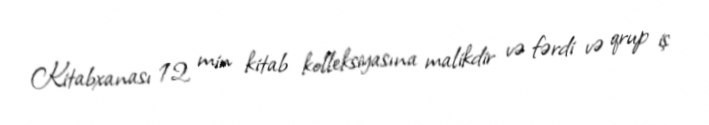
Kitabxanası 12 min kitab kolleksiyasına malikdir və fərdi və qrup iş